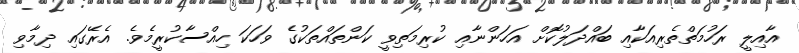
އާއިލީ ރަހުމަތްތެރިއަކާއި ބައްދަލުކޮށް އަހަންނާއި ކުރިމަތިވީ ކަންތައްތަކުގެ ވަހަކަ ހިއްސާކުރީމެވެ. އެރޭގައި ދިމާވި